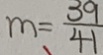
m = \frac { 3 9 } { 4 1 }